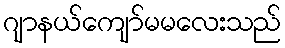
ဂျာနယ်ကျော်မမလေးသည်